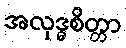
အလုဒ္ဓစိတ္တာ